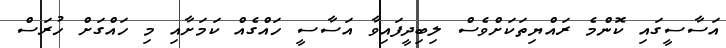
އަސާސީގައި ކޮންމެ ރައްޔިތަކަށްވެސް ލިބިދީފައިވާ އަސާސީ ހައްގެއް ކަމަށާއި މި ހައްގަށް ހުރަސް